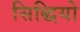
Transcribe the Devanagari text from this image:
सिद्धियो